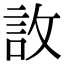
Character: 䚺